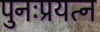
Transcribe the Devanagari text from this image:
पुनःप्रयत्न